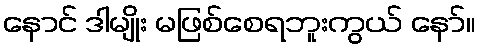
နောင် ဒါမျိုး မဖြစ်စေရဘူးကွယ် နော်။